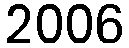
2006